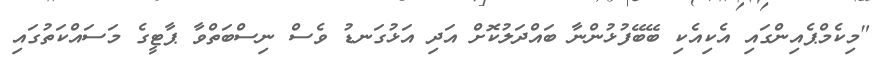
"މިކެމްޕެއިންގައި އެކިއެކި ބޭބޭފުޅުންނާ ބައްދަލުކޮށް އަދި އަޅުގަނޑު ވެސް ނިސްބަތްވާ ޕާޓީގެ މަސައްކަތުގައި